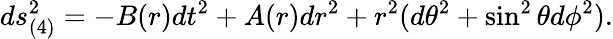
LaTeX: ds_{(4)}^{2}=-B(r)dt^{2}+A(r)dr^{2}+r^{2}(d\theta^{2}+\sin^{2}\theta d\phi^{2}).